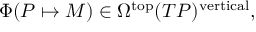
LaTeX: \Phi ( P \mapsto M ) \in \Omega ^ { \mathrm { t o p } } ( T P ) ^ { \mathrm { v e r t i c a l } } ,